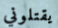
يقتلوني